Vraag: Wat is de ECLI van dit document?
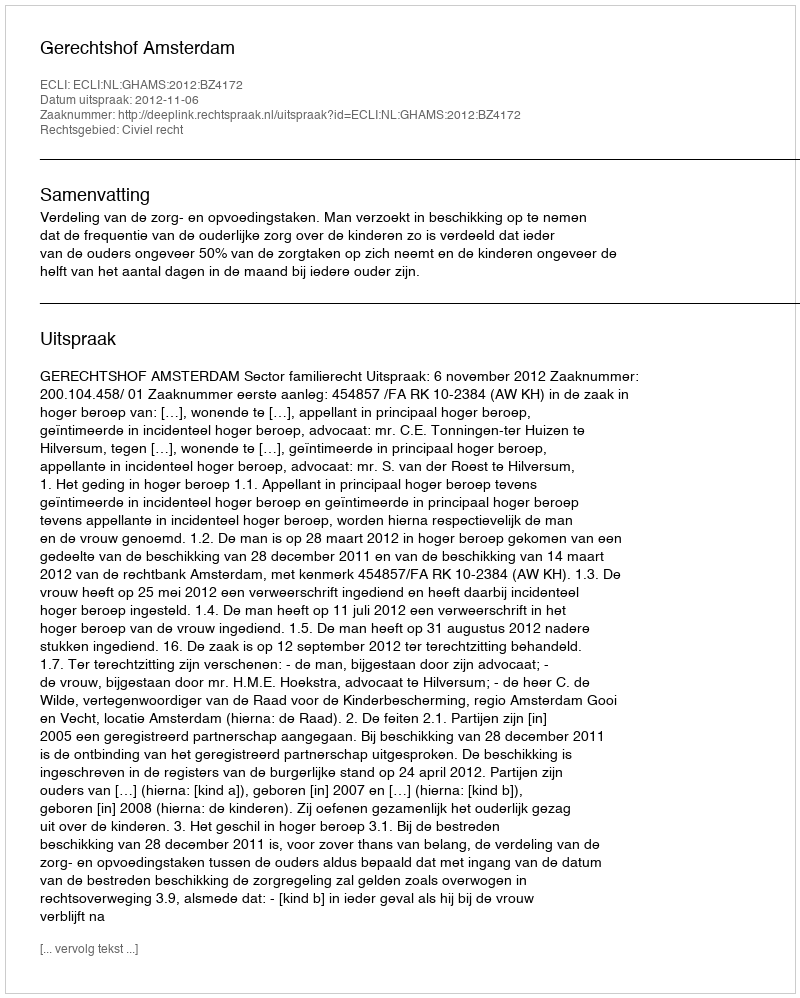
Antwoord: ECLI:NL:GHAMS:2012:BZ4172